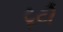
ટૂટી